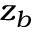
z _ { b }